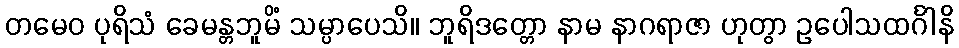
တမေဝ ပုရိသံ ခေမန္တဘူမိံ သမ္ပာပေသိ။ ဘူရိဒတ္တော နာမ နာဂရာဇာ ဟုတွာ ဥပေါသထင်္ဂါနိ